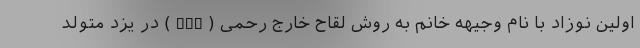
اولین نوزاد با نام وجیهه خانم به روش لقاح خارج رحمی (IVF) در یزد متولد